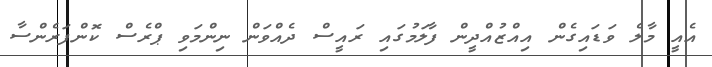
އެއީ މާލެ ވަޑައިގެން އިއްޒުއްދީން ފާލަމުގައި ރައީސް ދެއްވަން ނިންމަވި ޕްރެސް ކޮންފަރެންސާ